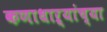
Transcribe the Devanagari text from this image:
कणाधाऱ्यांच्या